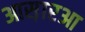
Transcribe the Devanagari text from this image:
आस़ारआ